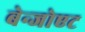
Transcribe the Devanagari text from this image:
बेन्जोएट